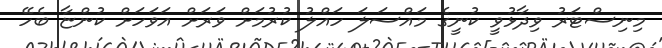
މިނިސްޓަރު ވިދާޅުވީ ކުނީގެ މައްސަލަ ހައްލު ކުރުމަށް ވަރަށް އަވަހަށް ކުންޏާ ބެހޭ